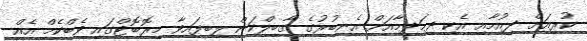
ކުރިއަށް ދިއުމާއި އެކި ދިމަދިމާއަށް އެނބުރުގެ ގާބިލްކަން ލިބިފައިވާ މިރޮބޮޓްގައި ވެބްކެމް އެއް